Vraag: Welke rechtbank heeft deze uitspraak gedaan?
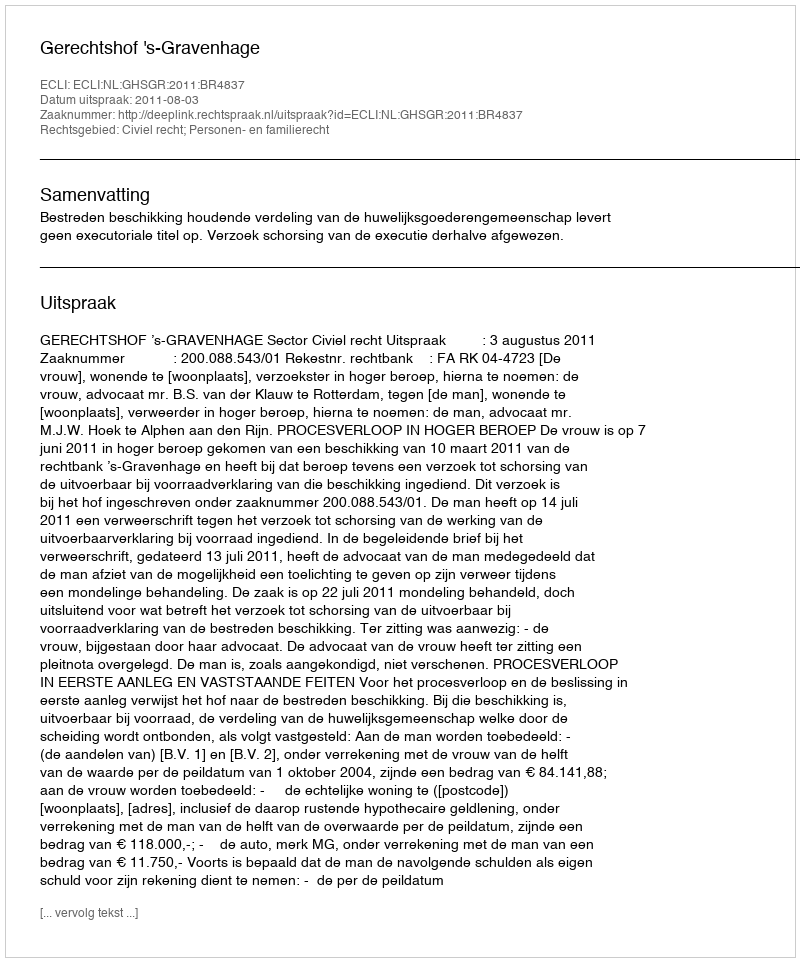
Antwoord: Gerechtshof 's-Gravenhage